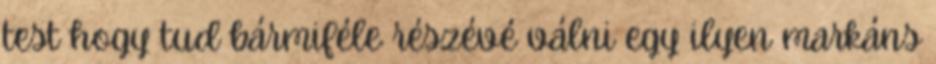
test hogy tud bármiféle részévé válni egy ilyen markáns